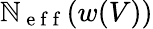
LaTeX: \mathbb{N}_{\mathrm{{~e~f~f~}}}(w(V))